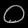
Digit: ၀